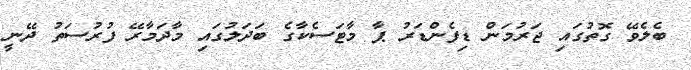
ބެލެވޭ ގޮތުގައި ޖަރުމަން ޑިފެންޑަރު ޕާ މާޓަސެކާގެ ބަދަލުގައި މާދަމާރޭ ފުރުސަތު ދޭނީ